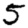
Digit: 5